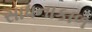
સાધનાકાળ